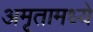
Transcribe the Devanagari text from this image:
अमृतामध्ये